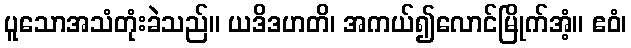
ပူသောအသံတုံးခဲသည်။ ယဒိဒဟတိ၊ အကယ်၍လောင်မြိုက်အံ့။ ဧဝံ၊